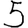
Digit: 5